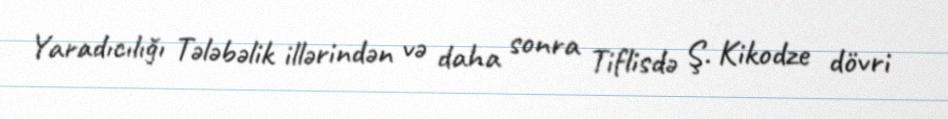
Yaradıcılığı Tələbəlik illərindən və daha sonra Tiflisdə Ş. Kikodze dövri